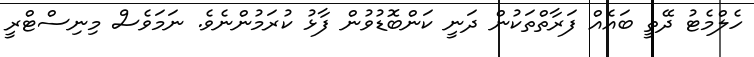
ހެލްމެޓު ދޭތީ ބައެއް ފަރާތްތަކުން ދަނީ ކަންބޮޑުވުން ފާޅު ކުރަމުންނެވެ. ނަމަވެސް މިނިސްޓްރީ